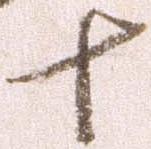
十